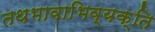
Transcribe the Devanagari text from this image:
तथभावाभिव्यक्ति